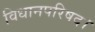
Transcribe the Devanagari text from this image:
विधानपरिषद।